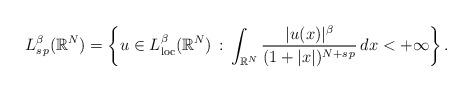
LaTeX: \begin{align*}L^\beta_{s\,p}(\mathbb{R}^N)=\left\{u\in L^\beta_{\rm loc}(\mathbb{R}^N)\, :\, \int_{\mathbb{R}^N} \frac{|u(x)|^\beta}{(1+|x|)^{N+s\,p}}\,dx<+\infty\right\}.\end{align*}